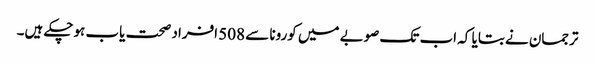
ترجمان نے بتایا کہ اب تک صوبے میں کورونا سے 508 افراد صحت یاب ہوچکے ہیں۔